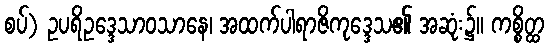
စပ်) ဥပရိဥဒ္ဒေသာဝသာနေ၊ အထက်ပါရာဇိကုဒ္ဒေသ၏ အဆုံး၌။ ကစ္စိတ္ထ